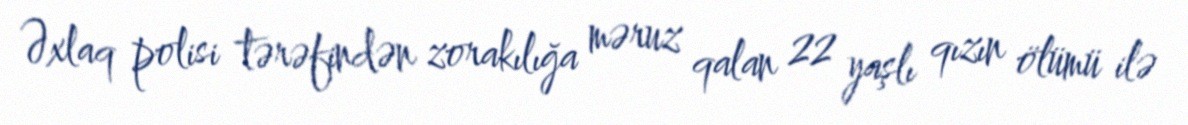
Əxlaq polisi tərəfindən zorakılığa məruz qalan 22 yaşlı qızın ölümü ilə